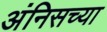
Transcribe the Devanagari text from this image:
अंनिसच्या